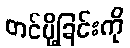
တင်ပို့ခြင်းကို